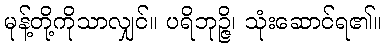
မုန့်တို့ကိုသာလျှင်။ ပရိဘုဉ္ဇိ၊ သုံးဆောင်ရ၏။